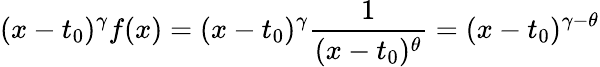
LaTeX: (x-t_{0})^{\gamma}f(x)=(x-t_{0})^{\gamma}\frac{1}{(x-t_{0})^{\theta}}=(x-t_{0})^{\gamma-\theta}